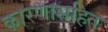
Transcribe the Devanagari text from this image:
कारणासहित